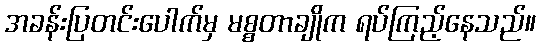
အခန်းပြတင်းပေါက်မှ မစ္စတာချိုက ရပ်ကြည့်နေသည်။